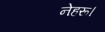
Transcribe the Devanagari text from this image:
नेहरू।